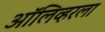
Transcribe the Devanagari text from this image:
ऑलिव्हरला